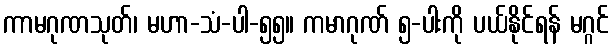
ကာမဂုဏသုတ်၊ မဟာ-သံ-ပါ-၅၅။ ကမာဂုဏ် ၅-ပါးကို ပယ်နိုင်ရန် မဂ္ဂင်